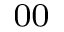
_ { 0 0 }